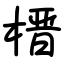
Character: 榗